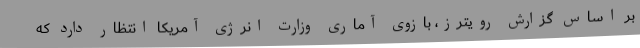
بر اساس گزارش رویترز، بازوی آماری وزارت انرژی آمریکا انتظار دارد که